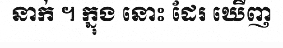
នាក់ ។ ក្នុង នោះ ដែរ ឃើញ